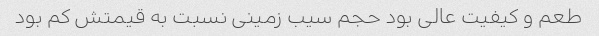
طعم و کیفیت عالی بود حجم سیب زمینی نسبت به قیمتش کم بود